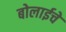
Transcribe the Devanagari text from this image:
बोलाईचे